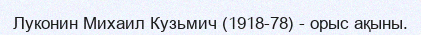
Луконин Михаил Кузьмич (1918-78) - орыс ақыны.